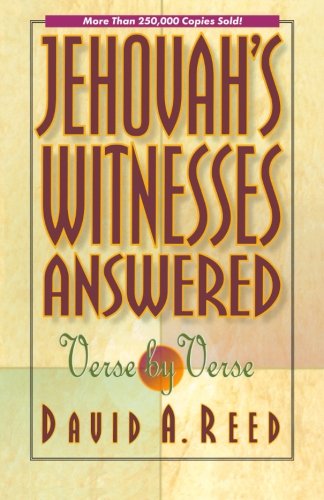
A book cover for Jehovah's Witnesses Answered Verse by Verse; David A. Reed; Religion & Spirituality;